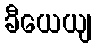
ခီယေယျ